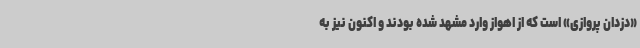
«دزدان پروازی» است که از اهواز وارد مشهد شده بودند و اکنون نیز به